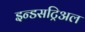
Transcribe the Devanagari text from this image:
इन्डसट्रिअल